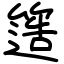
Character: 簉